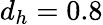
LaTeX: d_{h}=0.8